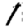
Digit: 1